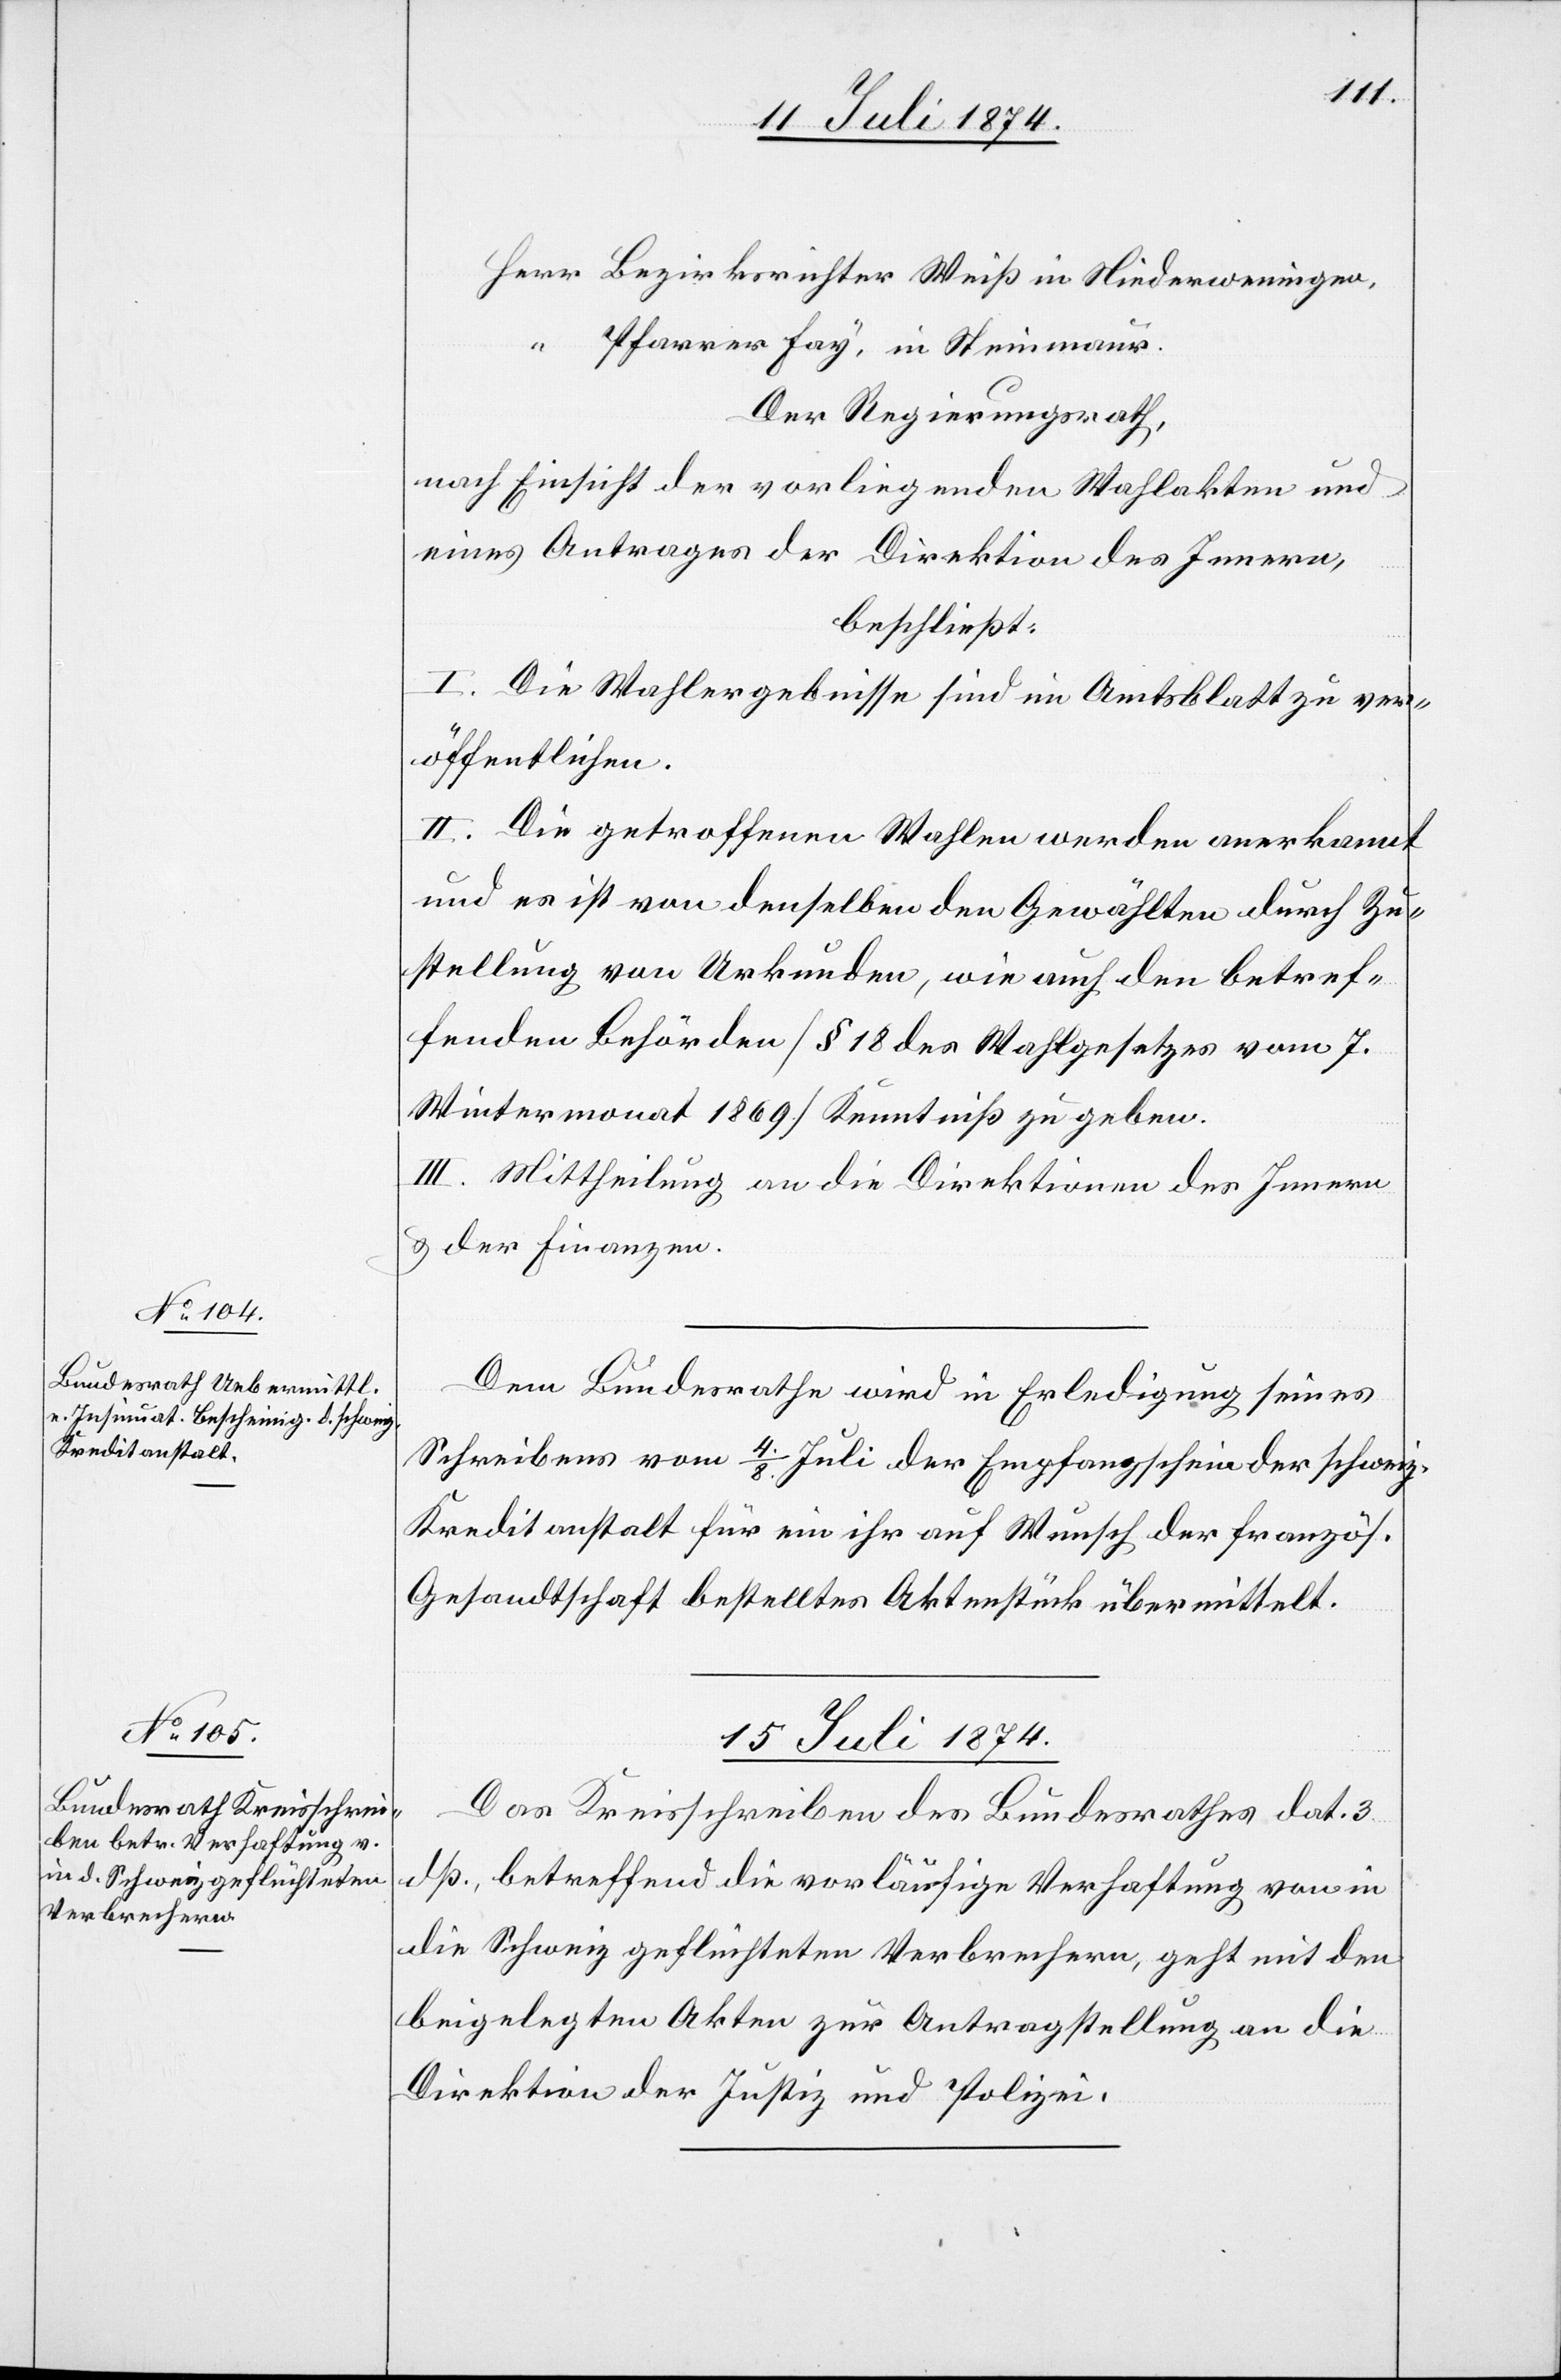
14. Juli 1874]
Herr Bezirksrichter Weiß in Niederweningen,
“
Pfarrer Fay, in Steinmaur.
Der Regierungsrath,
nach Einsicht der vorliegenden Wahlakten und
eines Antrages der Direktion des Innern,
beschließt:
I. Die Wahlergebnisse sind im Amtsblatt z ver¬
öffentlichen.
II. Die getroffenen Wahlen werden anerkannt
und es ist von denselben den Gewählten durch Zu¬
stellung von Urkunden, wie auch den betref¬
fenden Behörden [§ 18 des Wahlgesetzes vom 7.
Wintermonat 1869] Kenntniß zu geben.
III. Mittheilung an die Direktionen des Innern
u. der Finanzen.
Dem Bundesrathe wird in Erledigung seines
Schreibens vom 4./8. Juli der Empfangschein der schweiz.
Kreditanstalt für ein ihr auf Wunsch der französ.
Gesandtschaft bestelltes Aktenstück übermittelt.
15. Juli 1874
Das Kreisschreiben des Bundesrathes dat. 3.
dß., betreffend die vorläufige Verhaftung von in
die Schweiz geflüchteten Verbrechern, geht mit den
beigelegten Akten zur Antragstellung an die
Direktion der Justiz und Polizei.